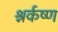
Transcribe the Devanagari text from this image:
श्नर्कष्ण